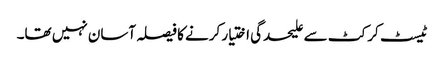
ٹیسٹ کرکٹ سے علیحدگی اختیار کرنے کا فیصلہ آسان نہیں تھا۔